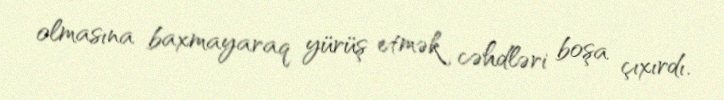
olmasına baxmayaraq yürüş etmək cəhdləri boşa çıxırdı.